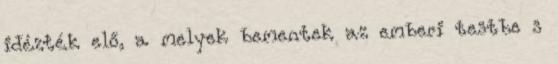
idézték elő, a melyek bementek az emberi testbe s